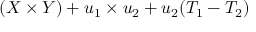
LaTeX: ( X \times Y ) + u _ { 1 } \times u _ { 2 } + u _ { 2 } ( T _ { 1 } - T _ { 2 } )